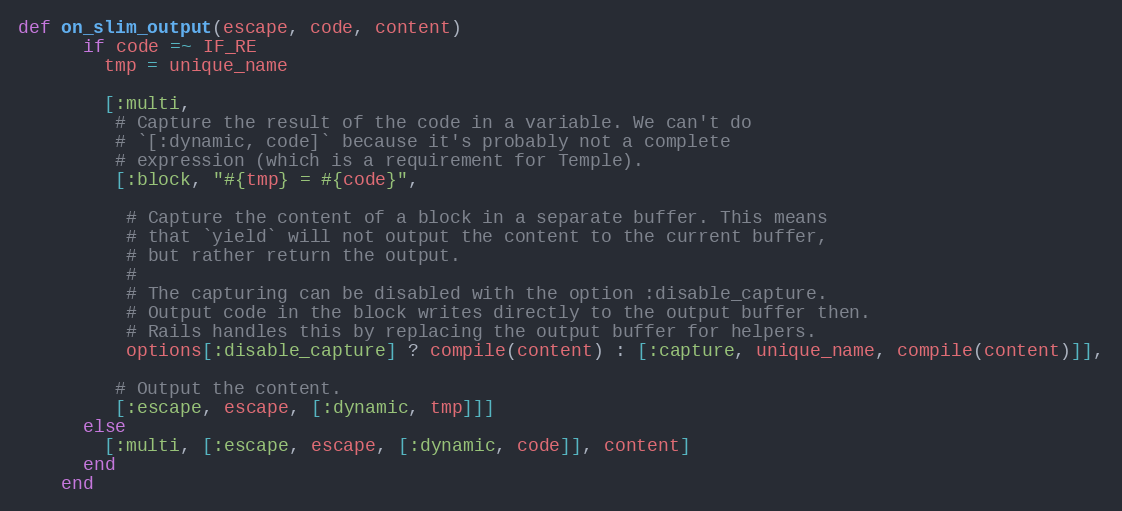
Language: Ruby
def on_slim_output(escape, code, content)
      if code =~ IF_RE
        tmp = unique_name

        [:multi,
         # Capture the result of the code in a variable. We can't do
         # `[:dynamic, code]` because it's probably not a complete
         # expression (which is a requirement for Temple).
         [:block, "#{tmp} = #{code}",

          # Capture the content of a block in a separate buffer. This means
          # that `yield` will not output the content to the current buffer,
          # but rather return the output.
          #
          # The capturing can be disabled with the option :disable_capture.
          # Output code in the block writes directly to the output buffer then.
          # Rails handles this by replacing the output buffer for helpers.
          options[:disable_capture] ? compile(content) : [:capture, unique_name, compile(content)]],

         # Output the content.
         [:escape, escape, [:dynamic, tmp]]]
      else
        [:multi, [:escape, escape, [:dynamic, code]], content]
      end
    end